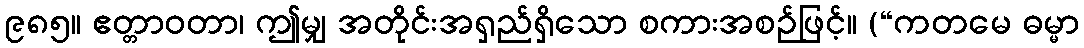
၉၈၅။ ဧတ္တာဝတာ၊ ဤမျှ အတိုင်းအရှည်ရှိသော စကားအစဉ်ဖြင့်။ (“ကတမေ ဓမ္မာ